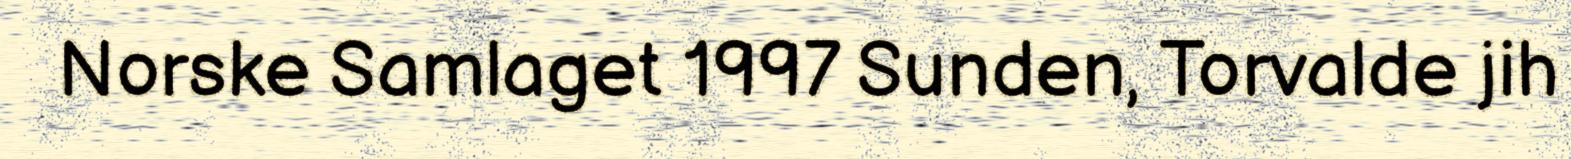
Norske Samlaget 1997 Sunden, Torvalde jih